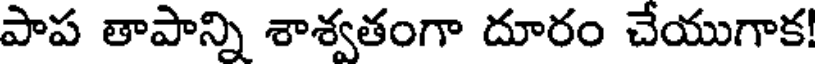
పాప తాపాన్ని శాశ్వతంగా దూరం చేయుగాక!